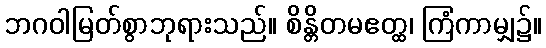
ဘဂဝါမြတ်စွာဘုရားသည်။ စိန္တိတမဧတ္ထ၊ ကြံကာမျှ၌။